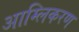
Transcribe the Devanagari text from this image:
आम्लिकरण